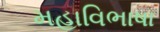
મહાવિભાષા